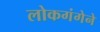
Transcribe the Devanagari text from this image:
लोकगंगेने